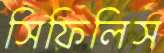
সিফিলিস